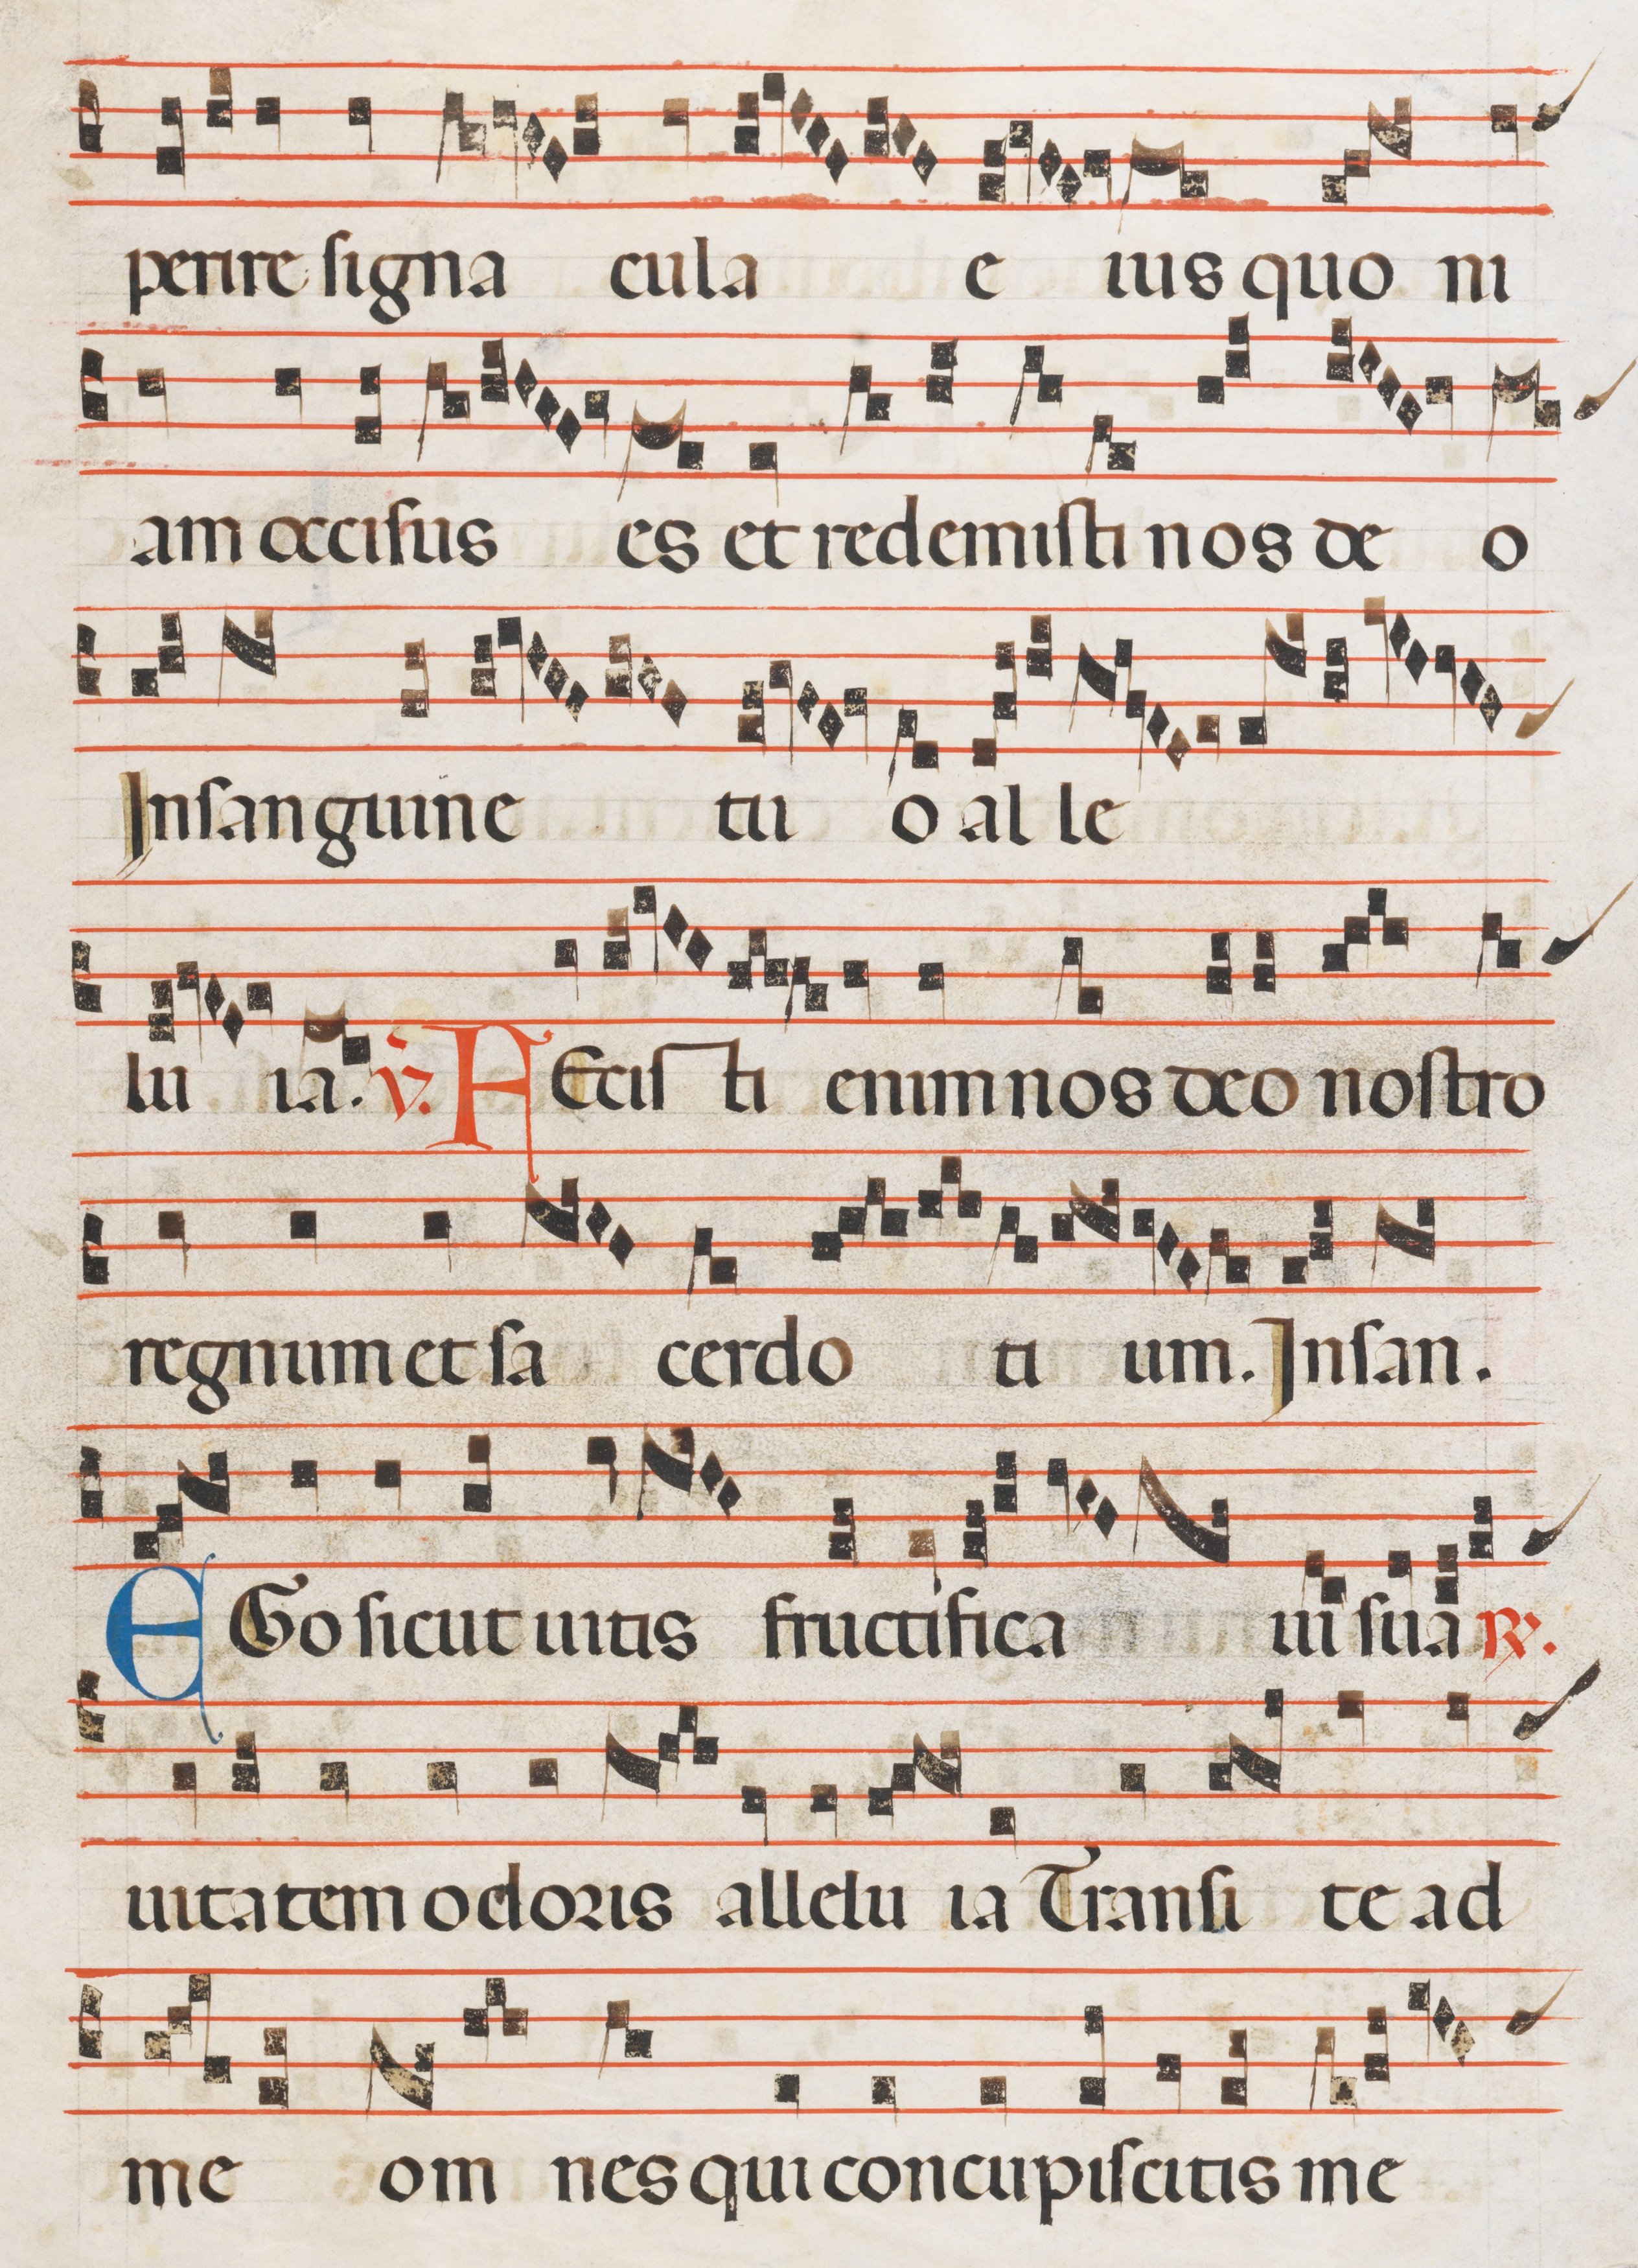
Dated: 1300–1330